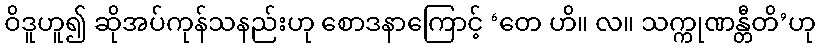
ဝိဒူဟူ၍ ဆိုအပ်ကုန်သနည်းဟု စောဒနာကြောင့် ‘တေ ဟိ။ လ။ သက္ကုဏန္တီတိ’ဟု